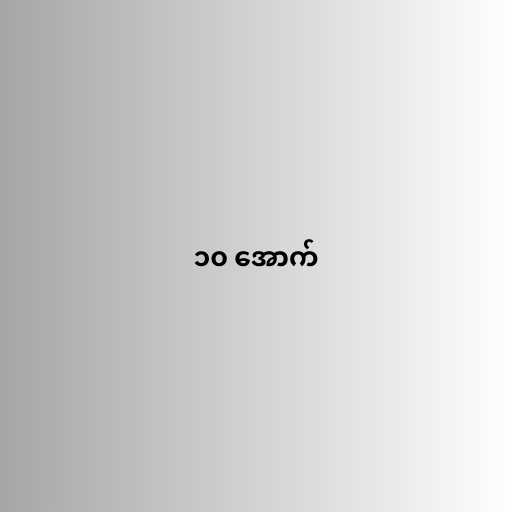
၁၀ အောက်